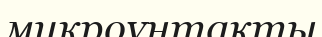
микроүнтақты